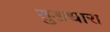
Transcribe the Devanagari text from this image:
तुङधारा